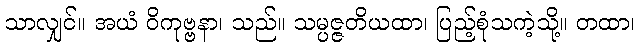
သာလျှင်။ အယံ ဝိကုဗ္ဗနာ၊ သည်။ သမ္ပဇ္ဇတိယထာ၊ ပြည့်စုံသကဲ့သို့။ တထာ၊